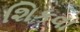
શિકવા